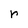
Character: r